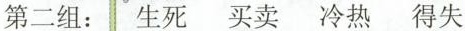
第二组：生死 买卖 冷热 得失